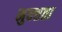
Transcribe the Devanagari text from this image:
मुक्त्तता